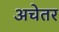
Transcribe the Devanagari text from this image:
अचेतर